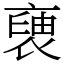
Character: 褏